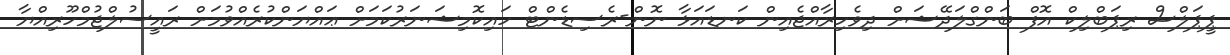
ޕީޕަލްސް ރިޕަބްލިކް އޮފް ބަންގްލަދޭޝަށް ދިވެހިރާއްޖެއިން ކަނޑައަޅާ ނޮން-ރެސިޑެންޓް ހައިކޮމިޝަނަރުކަމަށް ޢައްޔަންކުރެއްވުމަށް ރައީސުލްޖުމްހޫރިއްޔާ